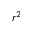
r ^ { 2 }